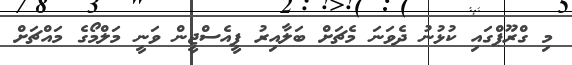
މި ގްރޫޕްގައި ކުޅުނު ދެވަނަ މެޗަށް ބަލާއިރު ޕީއެސްޖީން ވަނީ މަލްމޯގެ މައްޗަށް